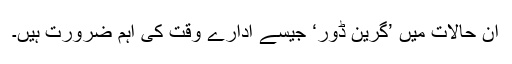
ان حالات میں ’گرین ڈور‘ جیسے ادارے وقت کی اہم ضرورت ہیں۔